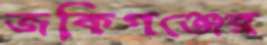
জকিগঞ্জের